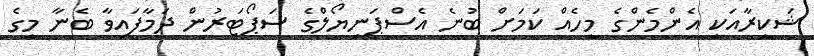
ޝަކީރާއަކީ އެންމެންގެ މީހެއް ކަމަށް ބުނެ އެސްޕަނިޔޯލްގެ ސަޕޯޓަރުން ދަމާފައިވާ ބެނާ މީގެ